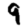
Digit: 9